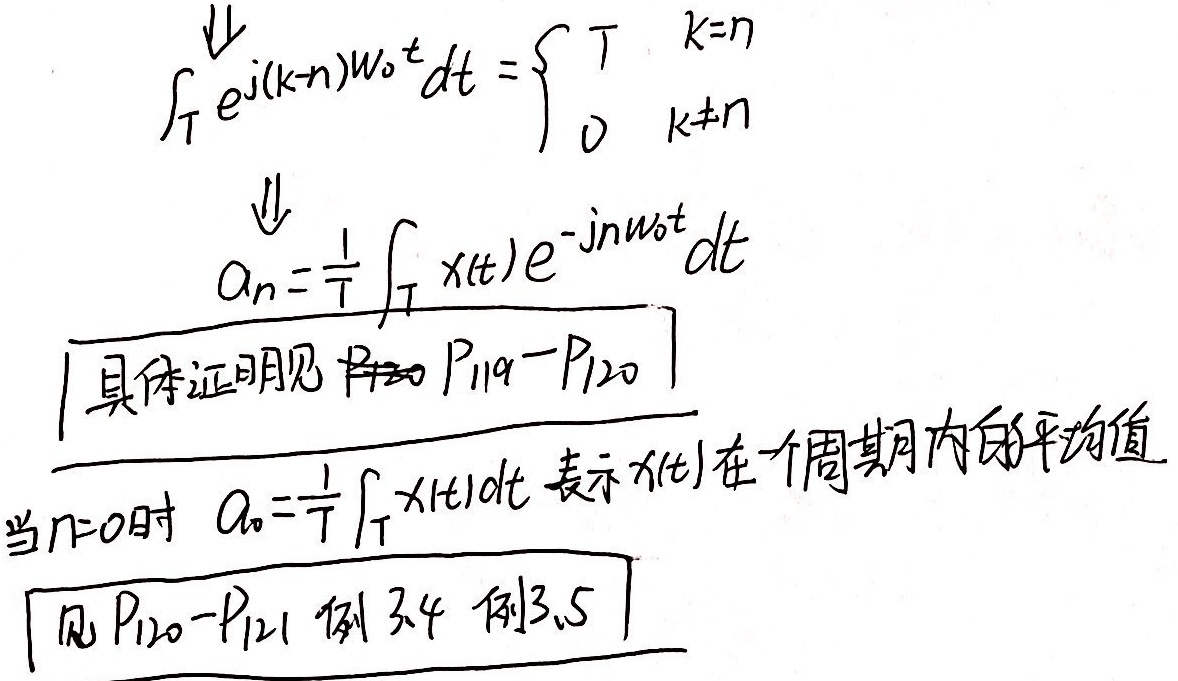
\[
\begin{align*}
\int_{T}e^{j(k - n)\omega_{0}t}dt&=\begin{cases}T&k = n\\0&k\neq n\end{cases}\\
a_{n}&=\frac{1}{T}\int_{T}x(t)e^{-jn\omega_{0}t}dt
\end{align*}
\]
具体证明见 \(P_{119}-P_{120}\)。当 \(n = 0\) 时，\(a_{0}=\frac{1}{T}\int_{T}x(t)dt\) 表示 \(x(t)\) 在一个周期内的平均值，见 \(P_{120}-P_{121}\) 例 \(3.4\)、例 \(3.5\)。